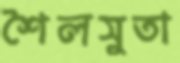
শৈলসুতা